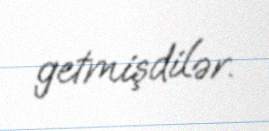
getmişdilər.